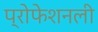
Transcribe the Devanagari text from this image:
प्रोफेशनली